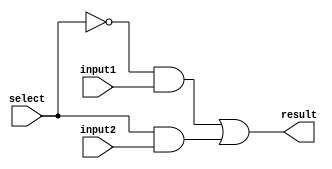
module MUX_2(result,input1,input2,select);

input input1,input2,select;
output result;
wire select_not, for_select_input1, for_select_input2;

not s1(select_not,select);
and o2(for_select_input2,select,input2);
and o1(for_select_input1,select_not,input1);
or res(result,for_select_input1,for_select_input2);

endmodule